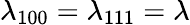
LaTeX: \lambda_{100}=\lambda_{111}=\lambda